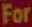
For